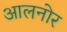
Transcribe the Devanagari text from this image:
आलनोर